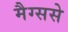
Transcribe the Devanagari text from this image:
मैग्ससे